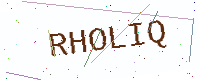
Text: RHOLIQ